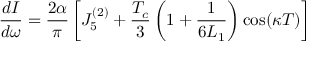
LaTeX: \frac { d I } { d \omega } = \frac { 2 \alpha } { \pi } \left[ J _ { 5 } ^ { ( 2 ) } + \frac { T _ { c } } { 3 } \left( 1 + \frac { 1 } { 6 L _ { 1 } } \right) \cos ( \kappa T ) \right]